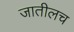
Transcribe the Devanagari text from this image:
जातीलच